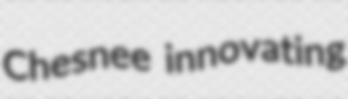
Chesnee innovating